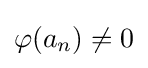
\varphi (a_{n})\neq 0